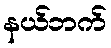
နယ်ဘက်